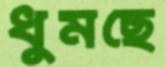
ধুমছে